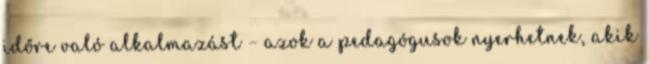
időre való alkalmazást – azok a pedagógusok nyerhetnek, akik